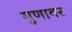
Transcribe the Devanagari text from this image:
गुणावर